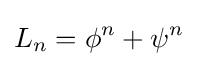
L_{n}=\phi ^{n}+\psi ^{n}